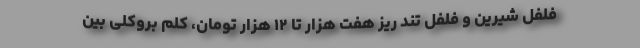
فلفل شیرین و فلفل تند ریز هفت هزار تا ۱۲ هزار تومان، کلم بروکلی بین